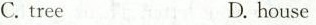
C. treeD.house